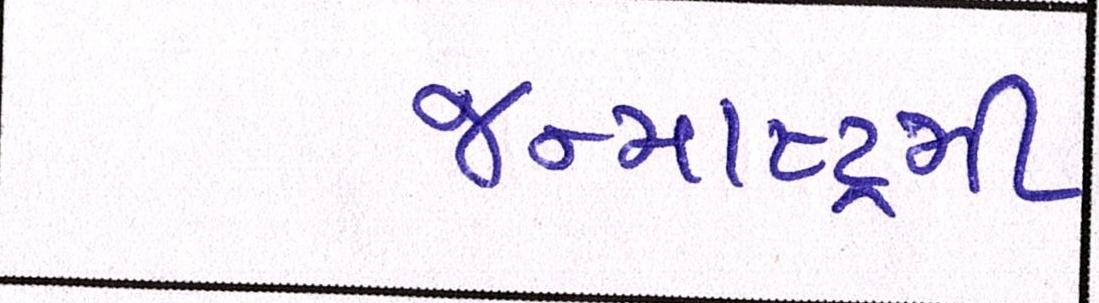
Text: જન્માષ્ટમી